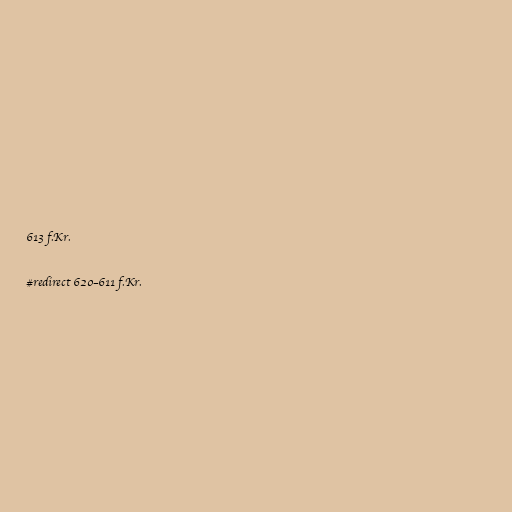
613 f.Kr.

#redirect 620–611 f.Kr.